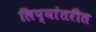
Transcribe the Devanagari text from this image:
लिप्यांतरीत